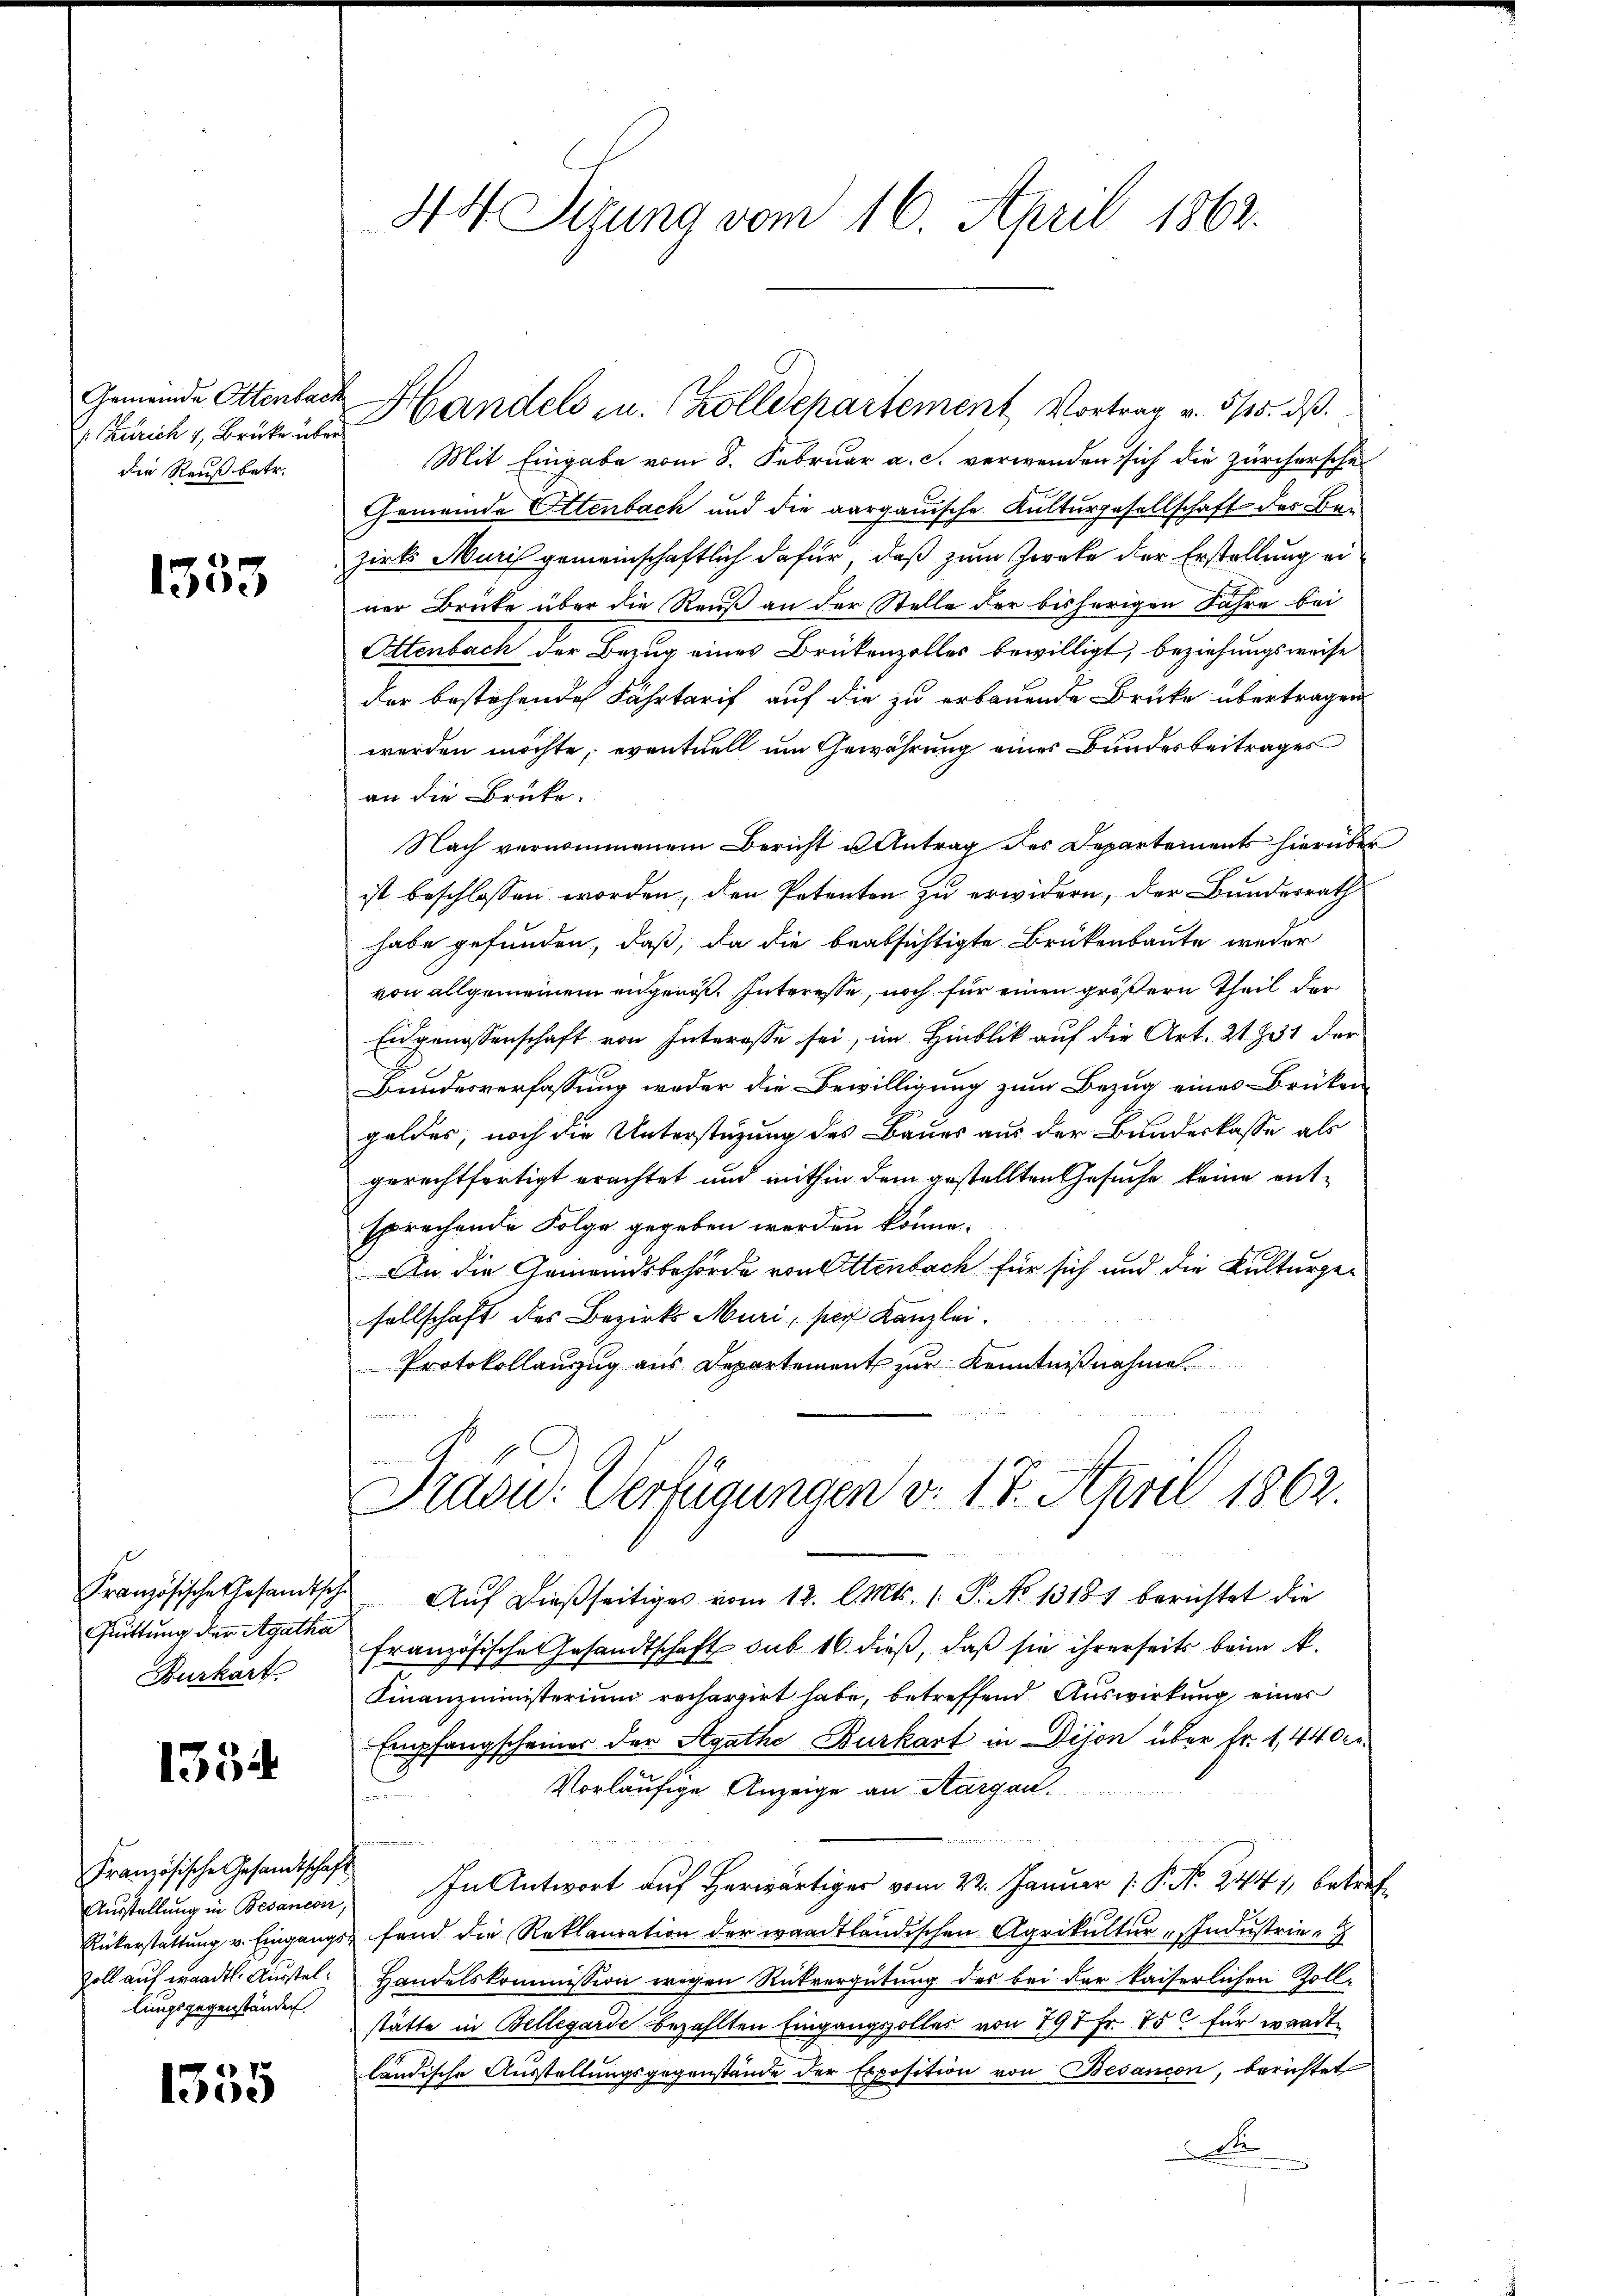
Gemeinde Ottenbach
die Reuß betr.

1355

Französische Gesandtsche
Quittung der Agatha
Burkart

1354

Französische Gesandtschaft
Ausstellung in Besancon,
Rükerstattung v. Eingangs
Zoll auf waadtl. Ausstellungsgegenständen

1555

Mit Eingabe vom 8. Februar a. c. verwenden sich die zürchersche
Gemeinde Ottenbach und die aargauische Kulturgesellschaft des Ben
zirks Muris gemeinschaftlich dafür, daß zum Zwecke der Erstellung einer Brücke über die Reuß an der Stelle der bisherigen Jahre bei
Ottenbach der Bezug eines Brükenzolles bewilligt, beziehungsweise
der bestehende Fahrtarif auf die zu erbauende Brüke übertragen
werden möchte, eventuell um Gewährung eines Bundesbeitrages
an die Brüke.
Nach vernommenem Bericht u Antrag des Departements hierüber
ist beschlossen worden, den Petenten zu erwidern, der Bundesrath
habe gefunden, daß, da die beabsichtigte Brükenbaute weder
von allgemeinem angenoß. Interesse, noch für einen größern Theil der
Eidgenossenschaft von Interesse sei, im Hinblick auf die Art. 21931 der
Bundesverfassung weder die Bewilligung zum Bezug eines Brüken-
geldes, noch die Unterstüzung des Baues aus der Bundeskasse als
gerechtfertigt erachtet und mithin dem gestellten Gesuche keine entsprechende Folge gegeben werden könne.
An die Gemeindsbehörde von Ottenbach für sich und die Kulturgesellschaft des Bezirks Muri, per Kanzlei.
Protokollanzug aus Departement zur Kenntnißnahmen.

44. Sigung vom 16. April 1862.

Zürich, Brut in Handels zu. Zollschartement, Vortrag v. 315. dß.

Traon: Verfügungen v. 17. April 1862.

Aŭf dießseitiges vom 12. l. Mts. 1. P. No 13181 berichtet die
französische Gesandtschaft sub 16. dieß, daß sie ihrerseits beim A.
Finanzministerium rechargirt habe, betreffend Auswirkung eines
Empfangscheiner der Agathe Burkart in Dijon über Fr. 1,440kr.
V eine Sitte
Vorläufige Anzeige an Aargau.
s
a
In Antwort auf herwärtiger vom 22. Januar (: P. N. 2441, betref¬
 fand die Reklamation der waadtländischen Agrikultur Industrie-
Handelskommission wegen Rückvergütung des bei der kaiserlichen Zoll-
stätte in Bellegarde bezahlten Eingangszolles von 197 Fr. 750 für wardt
ländische Ausstellungsgegenstände der Exposition von Besanion, berichtet
e